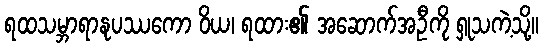
ရထသမ္ဘာရာနုပဿကော ဝိယ၊ ရထား၏ အဆောက်အဦကို ရှုသကဲ့သို့။